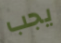
يجب